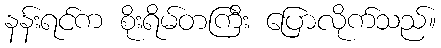
နန်းရင်က စိုးရိမ်တကြီး ပြောလိုက်သည်။